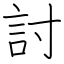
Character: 討